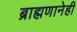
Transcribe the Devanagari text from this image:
ब्राह्मणानेही